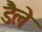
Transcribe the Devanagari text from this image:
डैले